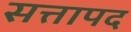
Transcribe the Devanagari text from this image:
सत्तापद